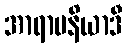
အာရာမနိယာဒီ